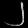
Digit: ၂